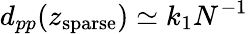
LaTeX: d_{pp}(z_{\mathrm{sparse}})\simeq k_{1}N^{-1}